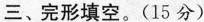
三、完形填空。(15 分)